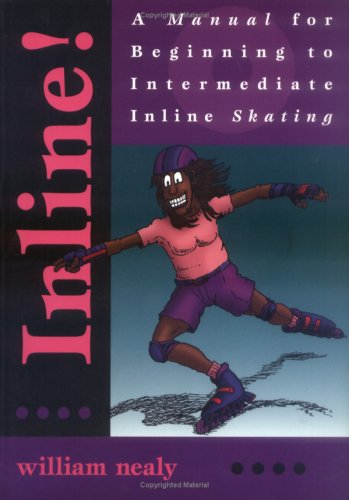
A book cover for Inline!: A Manual for Beginning to Intermediate Inline Skating; William Nealy; Sports & Outdoors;